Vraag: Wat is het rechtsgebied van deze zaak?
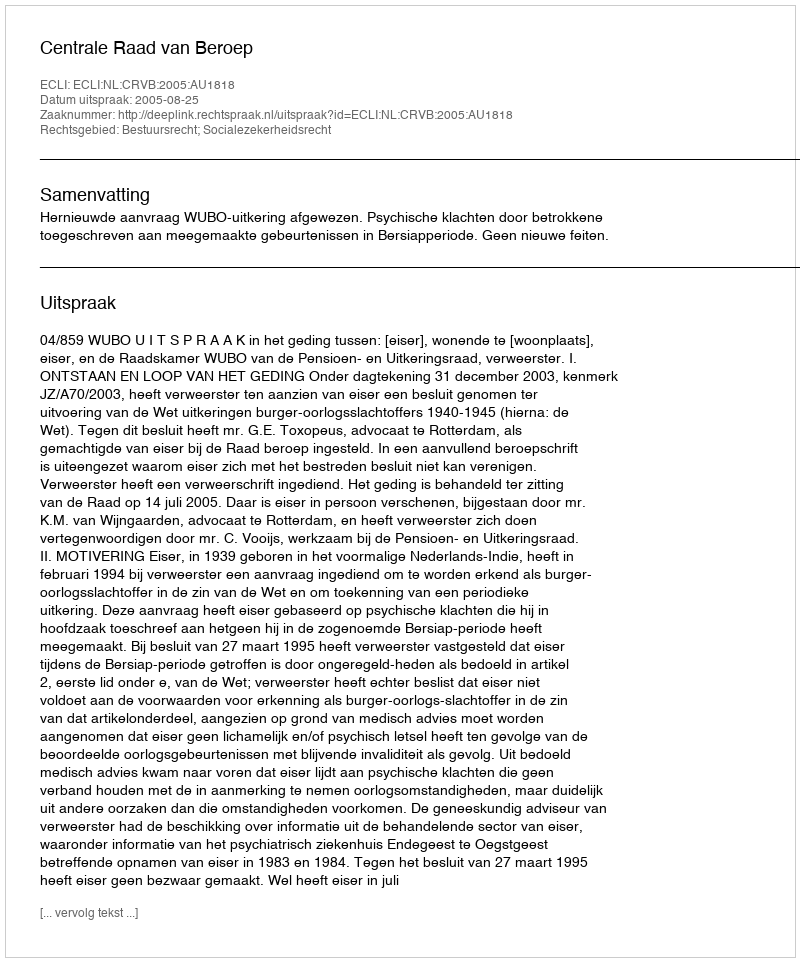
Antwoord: Bestuursrecht; Socialezekerheidsrecht